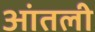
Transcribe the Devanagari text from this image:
आंतली